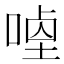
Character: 𭉣